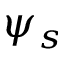
\psi _ { s }